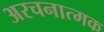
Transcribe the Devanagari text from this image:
अरचनात्मक